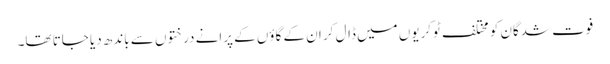
فوت شدگان کو مختلف ٹوکریوں میں ڈال کر ان کے گاؤں کے پرانے درختوں سے باندھ دیا جاتا تھا۔